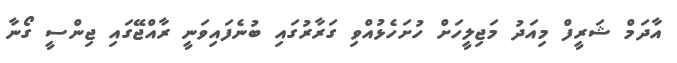
އާދަމް ޝަރީފް މިއަދު މަޖިލީހަށް ހުށަހެޅުއްވި ގަރާރުގައި ބުނެފައިވަނީ ރާއްޖޭގައި ޖިންސީ ގޯނާ